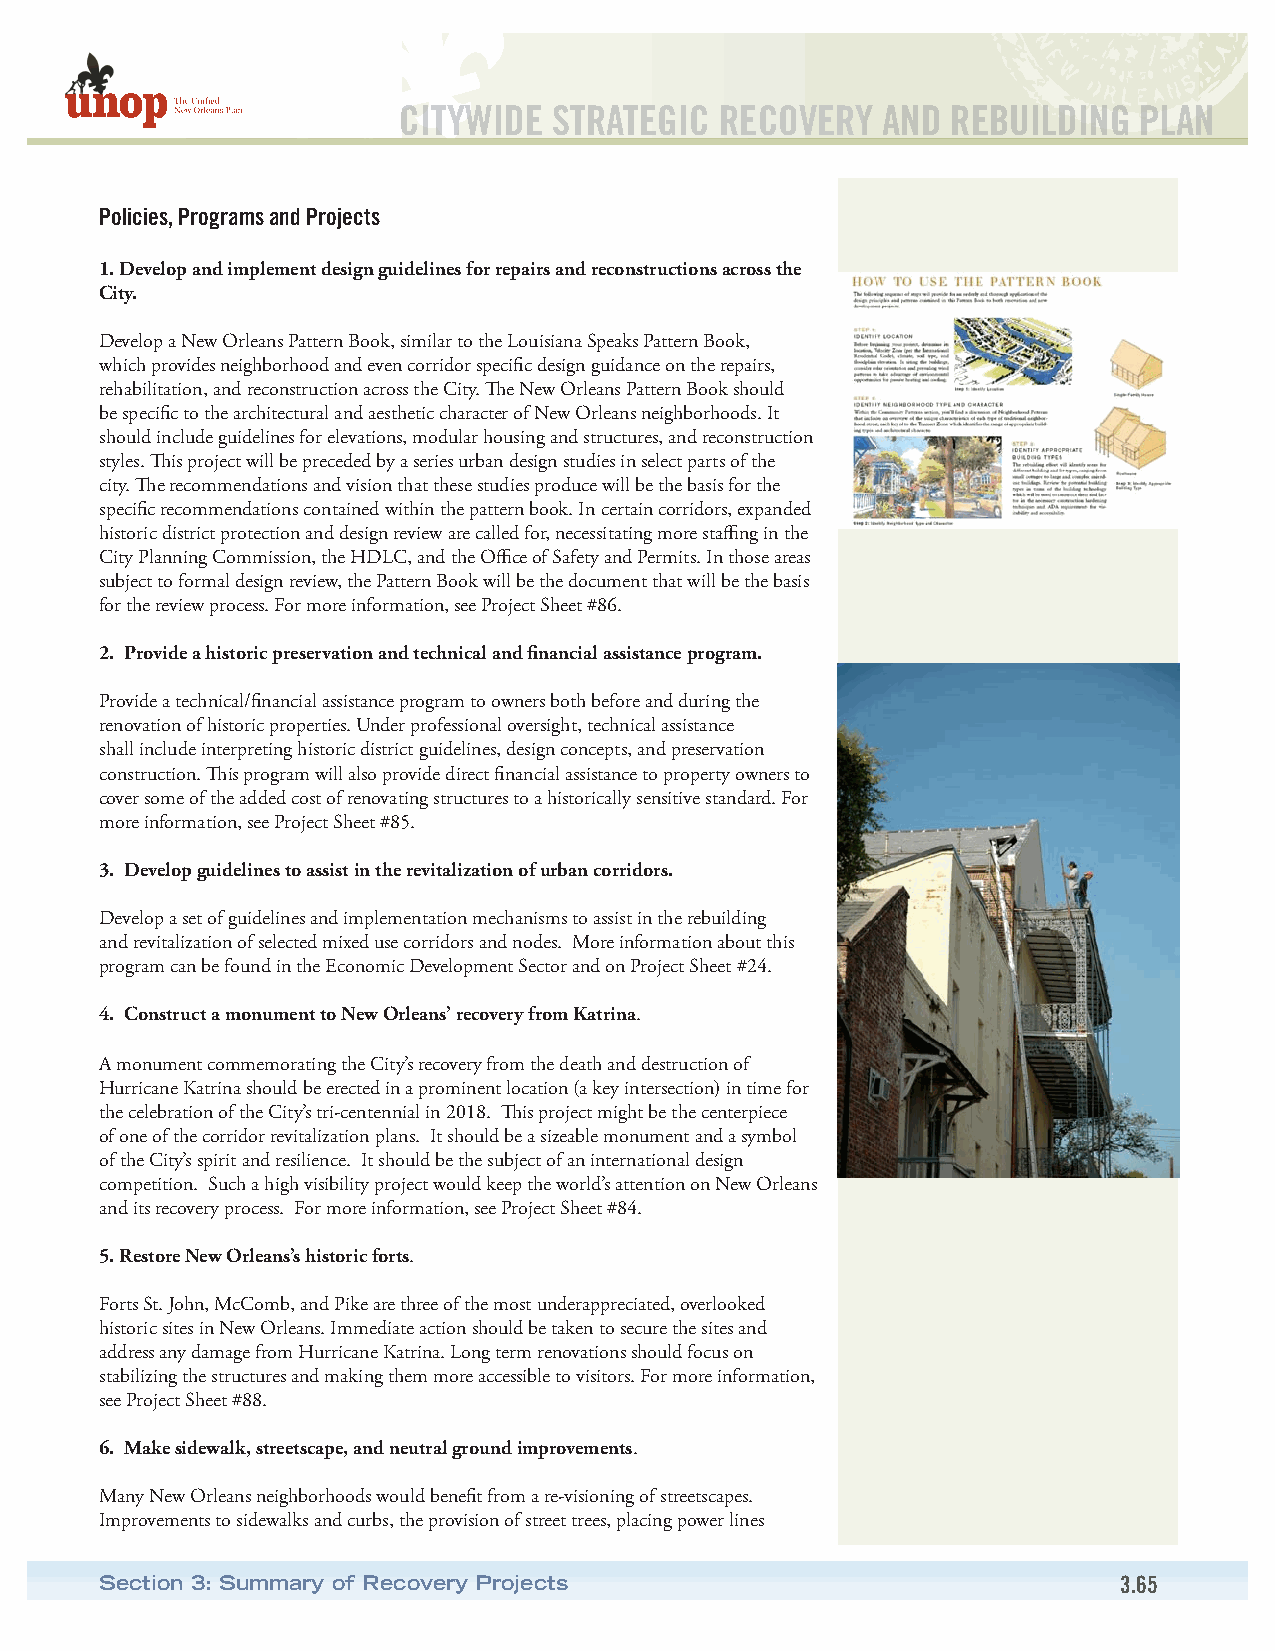
CITYWIDE   STRATEGIC  RECOVERY  AND  REBUILDING  PLAN
 Policies, Programs and Projects
 1. Develop and implement design guidelines for repairs and reconstructions across the
 City.
 Develop a New Orleans Pattern Book, similar to the Louisiana Speaks Pattern Book,
 which provides neighborhood and even corridor specific design guidance on the repairs,
 rehabilitation, and reconstruction across the City. The New Orleans Pattern Book should
 be specific to the architectural and aesthetic character of New Orleans neighborhoods. It
 should include guidelines for elevations, modular housing and structures, and reconstruction
 styles. This project will be preceded by a series urban design studies in select parts of the
 city. The recommendations and vision that these studies produce will be the basis for the
 specific recommendations contained within the pattern book. In certain corridors, expanded
 historic district protection and design review are called for, necessitating more staffing in the
 City Planning Commission, the HDLC, and the Office of Safety and Permits. In those areas
 subject to formal design review, the Pattern Book will be the document that will be the basis
 for the review process. For more information, see Project Sheet #86.
 2. Provide a historic preservation and technical and financial assistance program.
 Provide a technical/financial assistance program to owners both before and during the
 renovation of historic properties. Under professional oversight, technical assistance
 shall include interpreting historic district guidelines, design concepts, and preservation
 construction. This program will also provide direct financial assistance to property owners to
 cover some of the added cost of renovating structures to a historically sensitive standard. For
 more information, see Project Sheet #85.
 3. Develop guidelines to assist in the revitalization of urban corridors.
 Develop a set of guidelines and implementation mechanisms to assist in the rebuilding
 and revitalization of selected mixed use corridors and nodes. More information about this
 program can be found in the Economic Development Sector and on Project Sheet #24.
 4. Construct a monument to New Orleans’ recovery from Katrina.
 A monument commemorating the City’s recovery from the death and destruction of
 Hurricane Katrina should be erected in a prominent location (a key intersection) in time for
 the celebration of the City’s tri-centennial in 2018. This project might be the centerpiece
 of one of the corridor revitalization plans. It should be a sizeable monument and a symbol
 of the City’s spirit and resilience. It should be the subject of an international design
 competition. Such a high visibility project would keep the world’s attention on New Orleans
 and its recovery process. For more information, see Project Sheet #84.
 5. Restore New Orleans’s historic forts.
 Forts St. John, McComb, and Pike are three of the most underappreciated, overlooked
 historic sites in New Orleans. Immediate action should be taken to secure the sites and
 address any damage from Hurricane Katrina. Long term renovations should focus on
 stabilizing the structures and making them more accessible to visitors. For more information,
 see Project Sheet #88.
 6. Make sidewalk, streetscape, and neutral ground improvements.
 Many New Orleans neighborhoods would benefit from a re-visioning of streetscapes.
 Improvements to sidewalks and curbs, the provision of street trees, placing power lines
 Section 3: Summary of Recovery Projects                            3.65